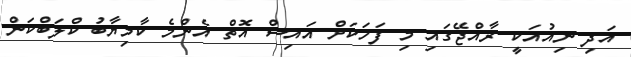
އަދި ނިއުއަކީ ރާއްޖޭގައި މި ފަހަކަށް އައިސް އޮތް އެންމެ ކާމިޔާބު ކްލަބްކަން